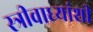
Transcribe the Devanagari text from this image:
स्त्रीवाध्यांशी